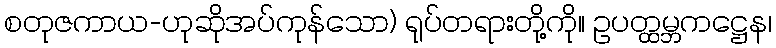
စတုဇကာယ-ဟုဆိုအပ်ကုန်သော) ရုပ်တရားတို့ကို။ ဥပတ္ထမ္ဘကဋ္ဌေန၊